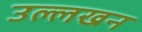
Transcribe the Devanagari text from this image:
उल्लखन